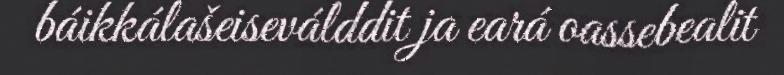
báikkálašeiseválddit ja eará oassebealit